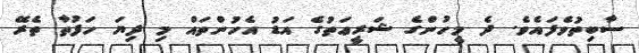
ސާބިތުވެފައެވެ. ދެ މީހުންގެ ޝަރީޢަތުގެ އަޑު އެހުންތައް މި ދިޔަ ހަފުތާ ތެރޭ